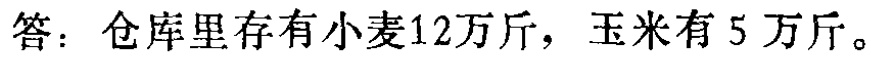
答：仓库里存有小麦12万斤，玉米有5万斤。